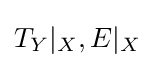
T_{Y}|_{X},E|_{X}